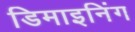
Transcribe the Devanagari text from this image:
डिमाइनिंग